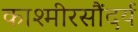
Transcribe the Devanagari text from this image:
काश्मीरसौंदर्य